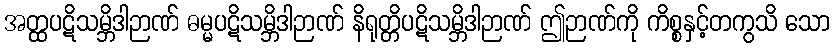
အတ္ထပဋိသမ္ဘိဒါဉာဏ် ဓမ္မပဋိသမ္ဘိဒါဉာဏ် နိရုတ္တိပဋိသမ္ဘိဒါဉာဏ် ဤဉာဏ်ကို ကိစ္စနှင့်တကွသိ သော